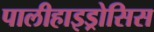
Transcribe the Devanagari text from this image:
पालीहाइड्रोसिस